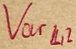
Text: Varl2